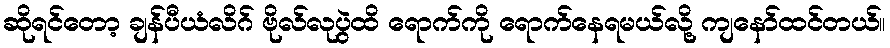
ဆိုရင်တော့ ချန်ပီယံလိဂ် ဗိုလ်လုပွဲထိ ရောက်ကို ရောက်နေရမယ်လို့ ကျနော်ထင်တယ်။